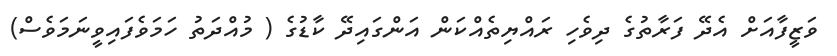
ވަޒީފާއަށް އެދޭ ފަރާތުގެ ދިވެހި ރައްޔިތެއްކަން އަންގައިދޭ ކާޑުގެ ( މުއްދަތު ހަމަވެފައިވީނަމަވެސް)